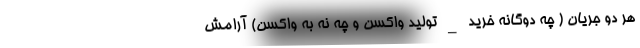
هر دو جریان ( چه دوگانه خرید _ تولید واکسن و چه نه به واکسن) آرامش